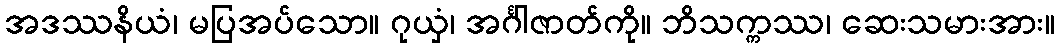
အဒဿနိယံ၊ မပြအပ်သော။ ဂုယှံ၊ အင်္ဂါဇာတ်ကို။ ဘိသက္ကဿ၊ ဆေးသမားအား။